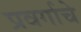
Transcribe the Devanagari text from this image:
प्रवर्गाचे